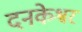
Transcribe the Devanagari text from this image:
दनकेश्वर